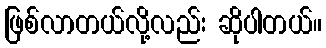
ဖြစ်လာတယ်လို့လည်း ဆိုပါတယ်။